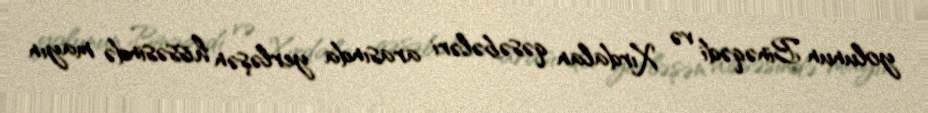
yolunun Binəqədi və Xırdalan qəsəbələri arasında yerləşən hissəsində mayın